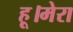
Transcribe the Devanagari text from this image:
हू।मेरा